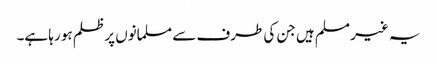
یہ غیر مسلم ہیں جن کی طرف سے مسلمانوں پر ظلم ہو رہا ہے۔